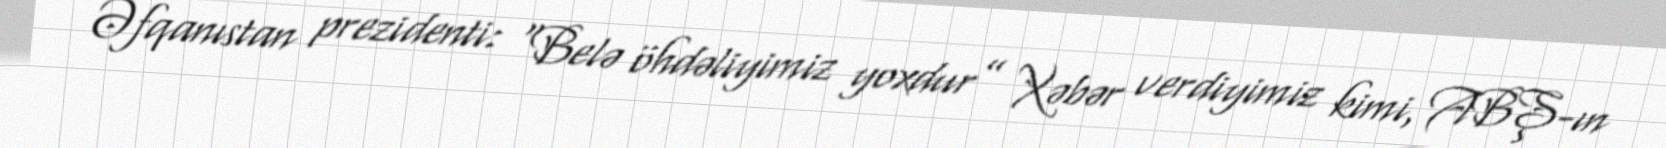
Əfqanıstan prezidenti: “Belə öhdəliyimiz yoxdur” Xəbər verdiyimiz kimi, ABŞ-ın